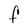
Character: F